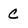
Character: C